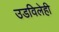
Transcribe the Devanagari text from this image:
उडविलेही